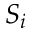
S _ { i }